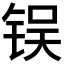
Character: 𬭌